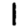
Digit: 1